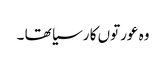
وہ عورتوں کا رسیا تھا ۔